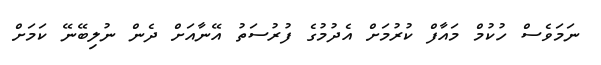
ނަމަވެސް ހުކުމް މައާފް ކުރުމަށް އެދުމުގެ ފުރުސަތު އޭނާއަށް ދެން ނުލިބޭނޭ ކަމަށް